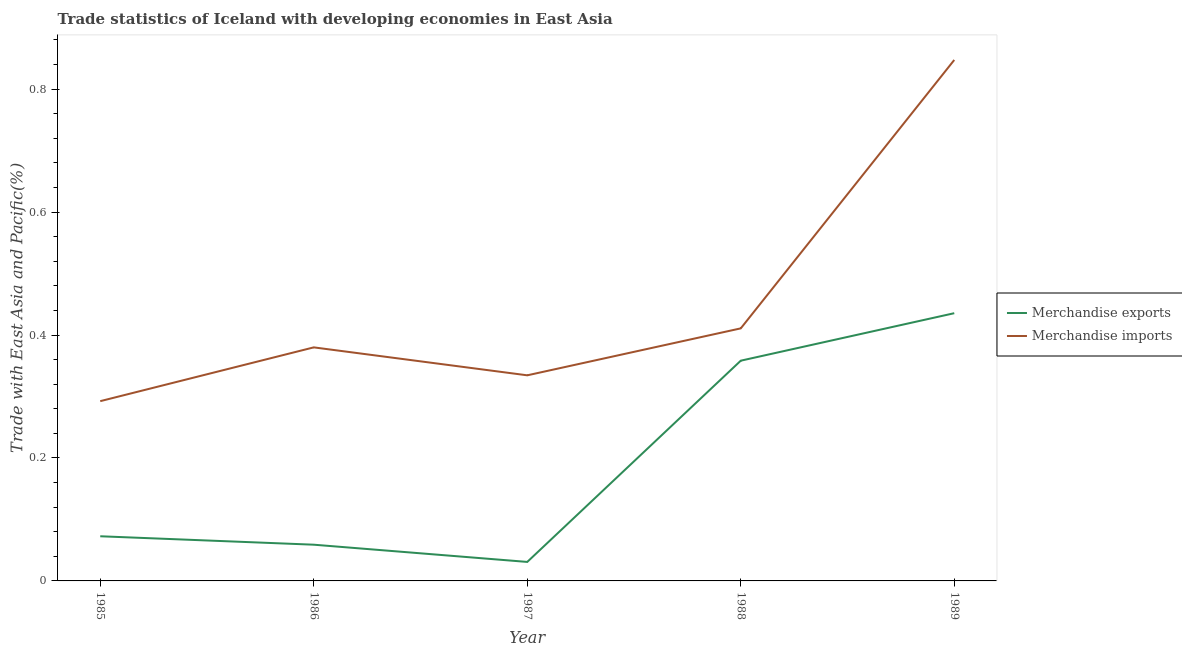
| Year | Merchandise exports | Merchandise imports |
 | --- | --- | --- |
 | 1985 | 0.0726 | 0.292 |
 | 1986 | 0.0589 | 0.38 |
 | 1987 | 0.0309 | 0.334 |
 | 1988 | 0.358 | 0.411 |
 | 1989 | 0.436 | 0.847 |